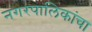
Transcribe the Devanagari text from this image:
नगरपालिकांचा